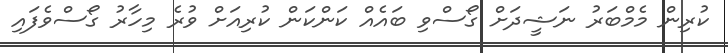
ކުރިން މެމްބަރު ނަޝީދަށް ގޯސްވި ބައެއް ކަންކަން ކުރިއަށް ވުރެ މިހާރު ގޯސްވެފައި